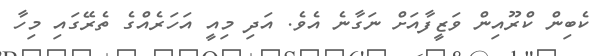
ކެބިން ކްރޫއިން ވަޒީފާއަށް ނަގާނެ އެވެ. އަދި މިއީ އަހަރެއްގެ ތެރޭގައި މިހާ